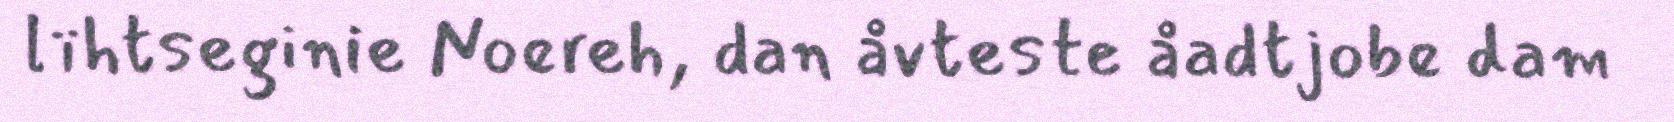
lïhtseginie Noereh, dan åvteste åadtjobe dam